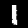
Digit: 1